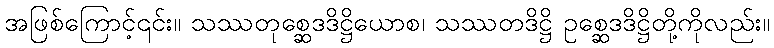
အဖြစ်ကြောင့်၎င်း။ သဿတုစ္ဆေဒဒိဋ္ဌိယောစ၊ သဿတဒိဋ္ဌိ ဥစ္ဆေဒဒိဋ္ဌိတို့ကိုလည်း။